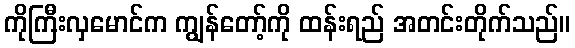
ကိုကြီးလှမောင်က ကျွန်တော့်ကို ထန်းရည် အတင်းတိုက်သည်။